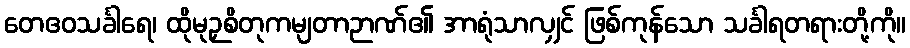
တေဧဝသင်္ခါရေ၊ ထိုမုဉှစိတုကမျတာဉာဏ်၏ အာရုံသာလျှင် ဖြစ်ကုန်သော သင်္ခါရတရားတို့ကို။